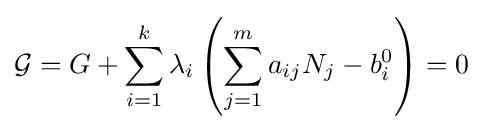
{\mathcal {G}}=G+\sum _{i=1}^{k}\lambda _{i}\left(\sum _{j=1}^{m}a_{ij}N_{j}-b_{i}^{0}\right)=0